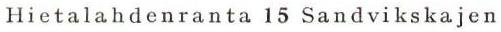
Hietalahdenranta 15 Sandvikskajen